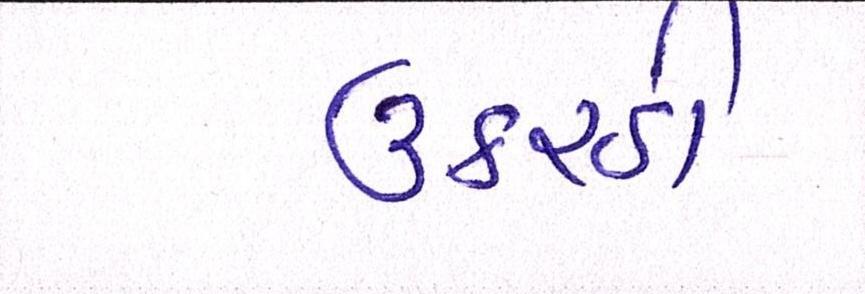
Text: ઉકરડી